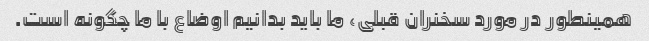
همینطور در مورد سخنران قبلی، ما باید بدانیم اوضاع با ما چگونه است.